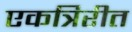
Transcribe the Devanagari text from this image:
एकत्रिरीत